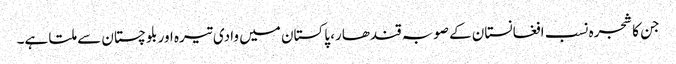
جن کا شجرہ نسب افغانستان کے صوبہ قندھار، پاکستان میں وادی تیرہ اور بلوچستان سے ملتا ہے۔